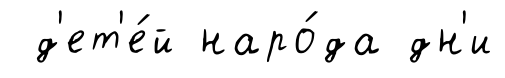
д'ет'е́й наро́да дн'и